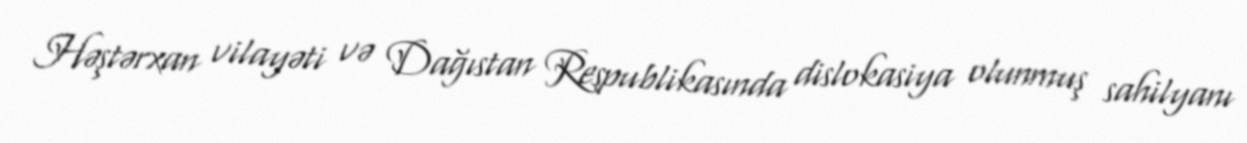
Həştərxan vilayəti və Dağıstan Respublikasında dislokasiya olunmuş sahilyanı